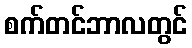
စက်တင်ဘာလတွင်